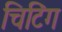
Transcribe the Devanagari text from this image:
चिटिंग